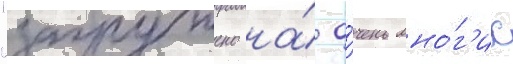
"загружено на́ о́чень мно́г'их